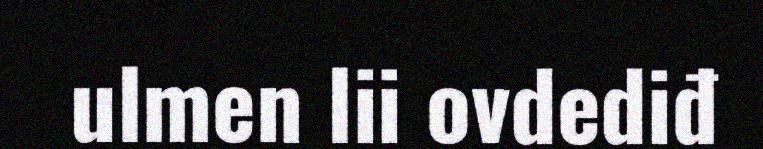
ulmen lii ovdediđ